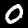
Digit: 0